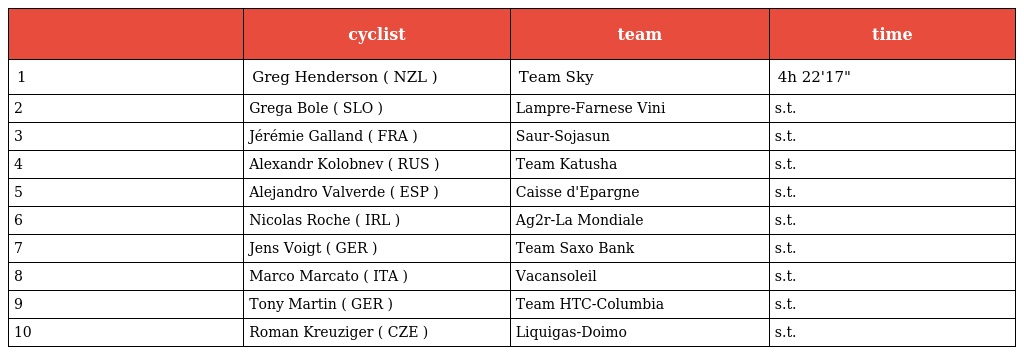
|  | cyclist | team | time |
 | --- | --- | --- | --- |
 | 1 | Greg Henderson ( NZL ) | Team Sky | 4h 22'17" |
 | 2 | Grega Bole ( SLO ) | Lampre-Farnese Vini | s.t. |
 | 3 | Jérémie Galland ( FRA ) | Saur-Sojasun | s.t. |
 | 4 | Alexandr Kolobnev ( RUS ) | Team Katusha | s.t. |
 | 5 | Alejandro Valverde ( ESP ) | Caisse d'Epargne | s.t. |
 | 6 | Nicolas Roche ( IRL ) | Ag2r-La Mondiale | s.t. |
 | 7 | Jens Voigt ( GER ) | Team Saxo Bank | s.t. |
 | 8 | Marco Marcato ( ITA ) | Vacansoleil | s.t. |
 | 9 | Tony Martin ( GER ) | Team HTC-Columbia | s.t. |
 | 10 | Roman Kreuziger ( CZE ) | Liquigas-Doimo | s.t. |